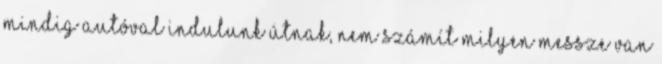
Mindig autóval indulunk útnak, nem számít milyen messze van